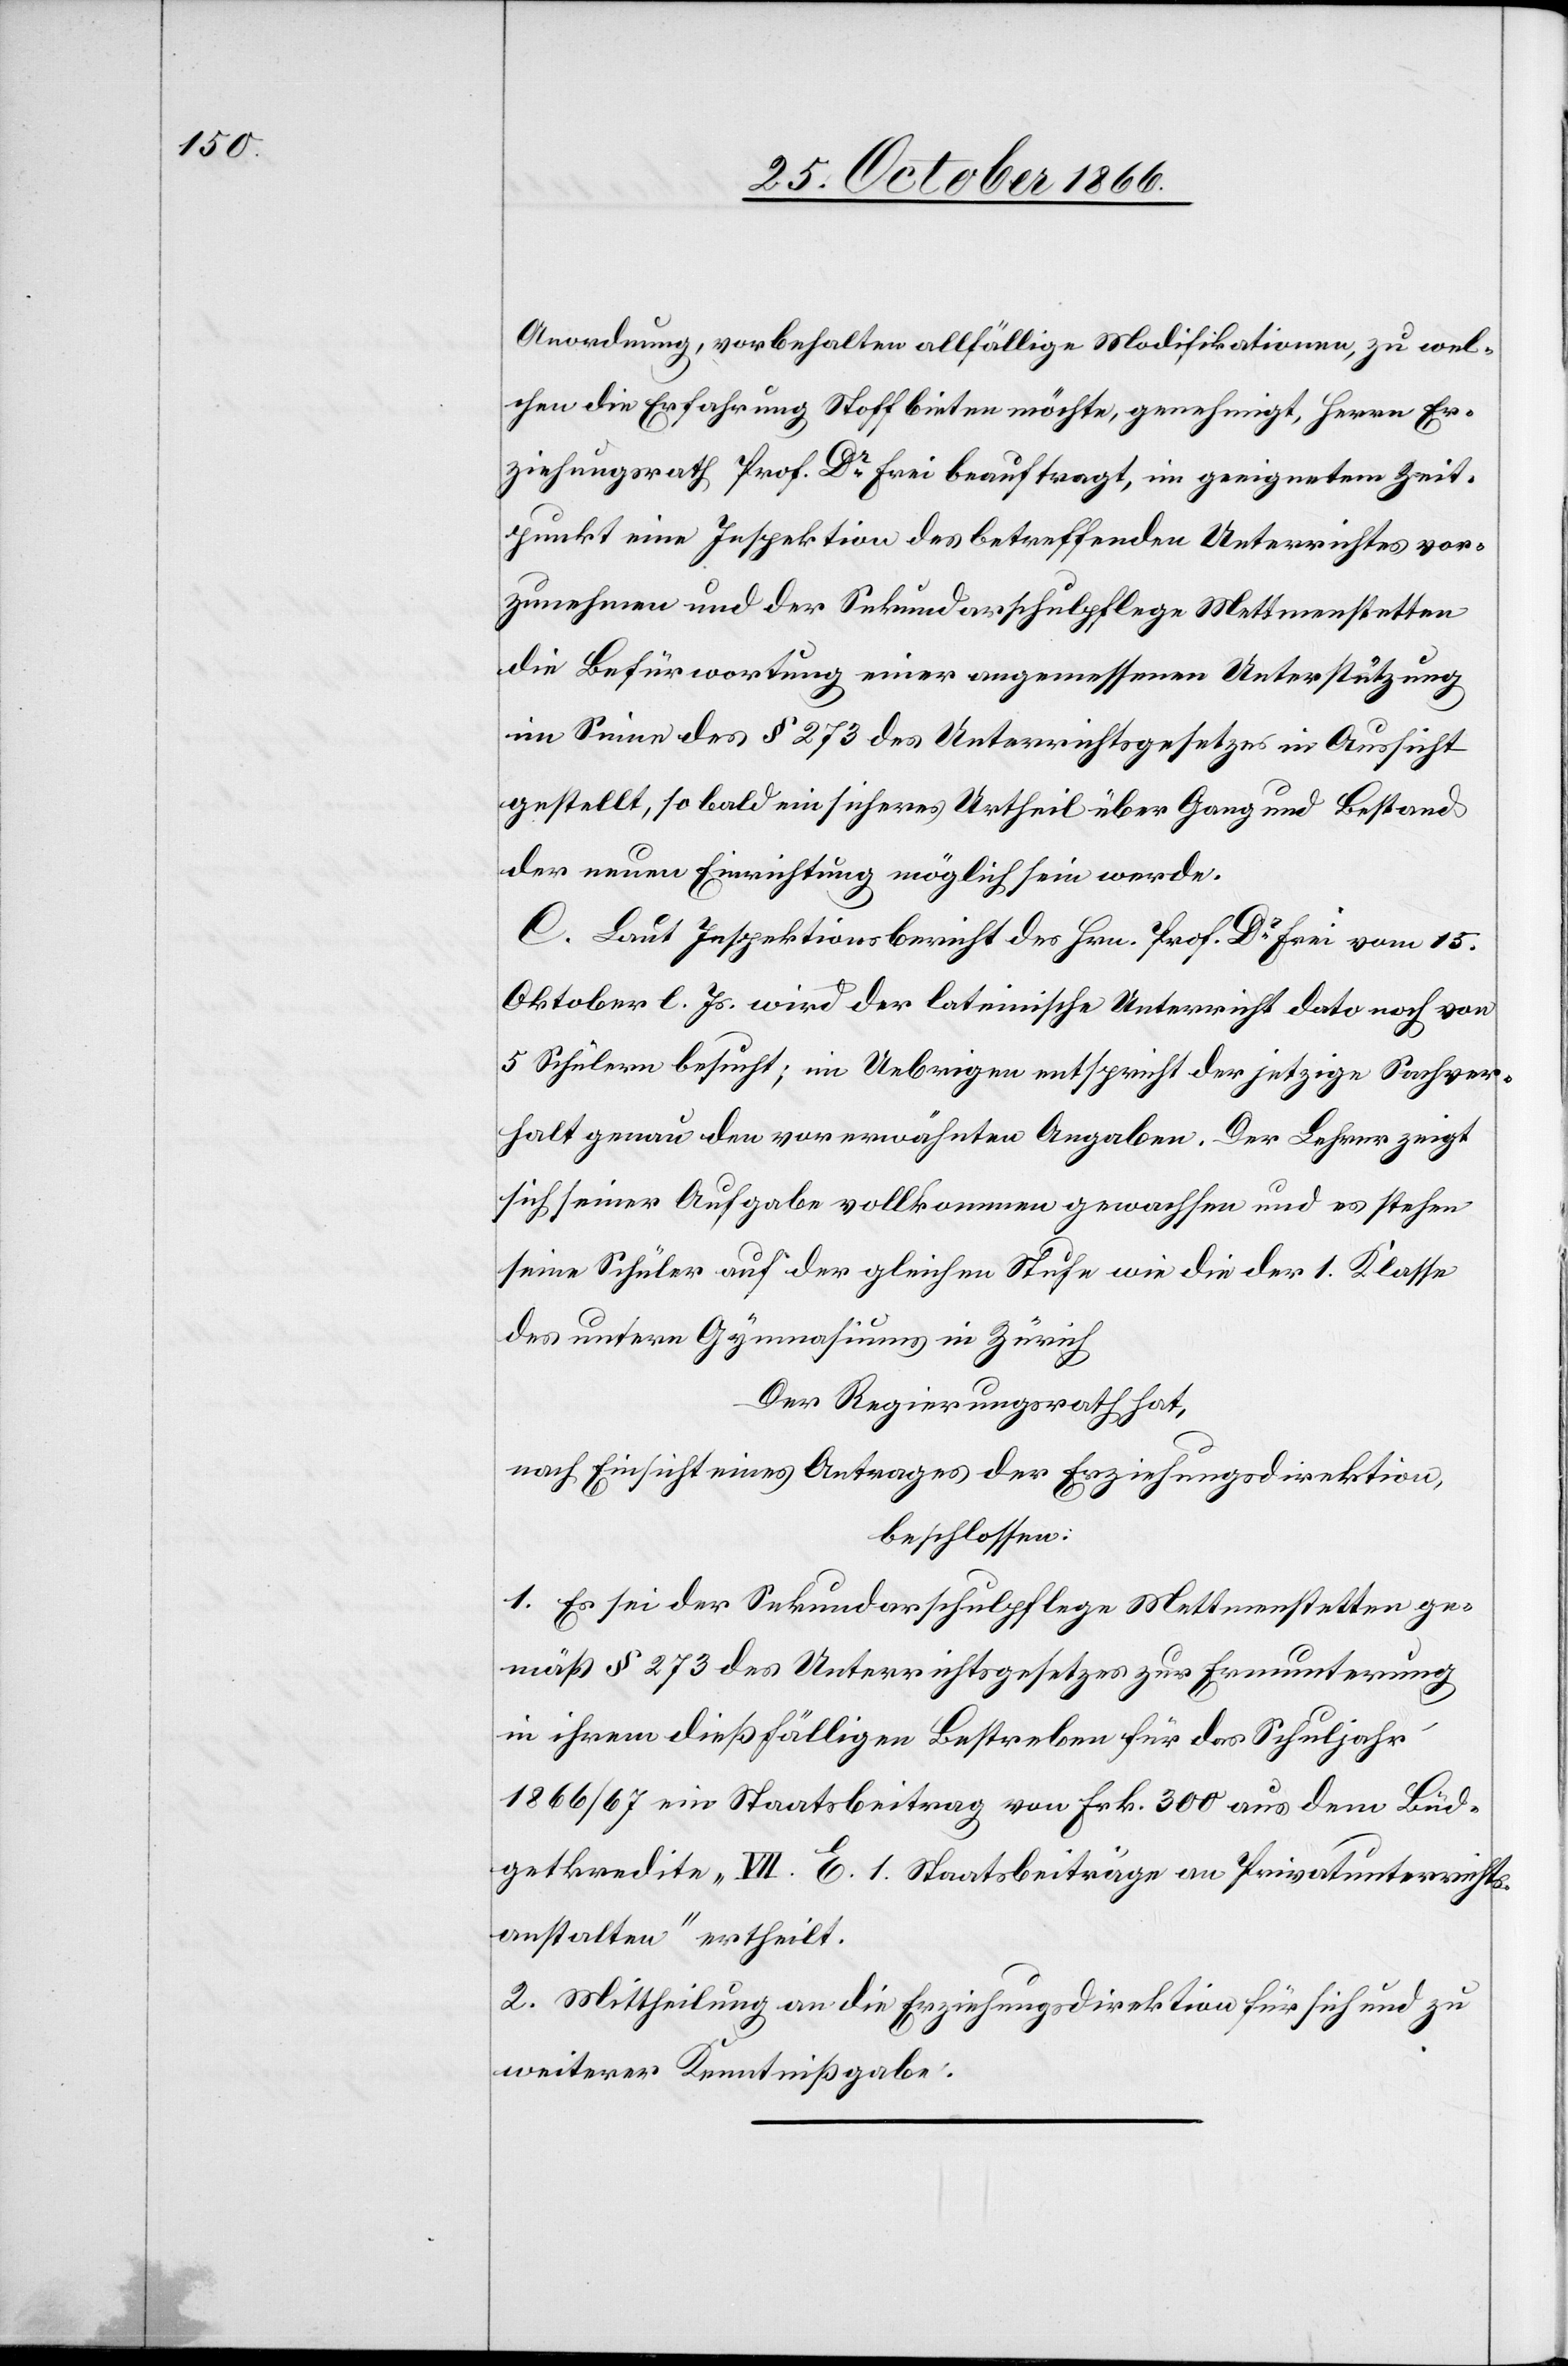
Anordnung, vorbehalten allfällige Modifikationen, zu wel¬
chen die Erfahrung Stoff bieten möchte, genehmigt, Herrn Er¬
ziehungsrath Prof. Dr. Frei beauftragt, im geeignetem Zeit¬
punkt eine Inspektion des betreffenden Unterrichtes vor¬
zunehmen und der Sekundarschulpflege Mettmenstetten
die Befürwortung einer angemessenen Unterstützung
im Sinne des § 273 des Unterrichtsgesetzes in Aussicht
gestellt, so bald ein sicheres Urtheil über Gang und Bestand
der neuen Einrichtung möglich sein werde.
C. Laut Inspektionsbericht des Hrn. Prof. Dr. Frei vom 15.
Oktober l. Js. wird der lateinische Unterricht dato noch von
5 Schülern besucht; im Uebrigen entspricht der jetzige Sachver¬
halt genau den vorerwähnten Angaben. Der Lehrer zeigt
sich seiner Aufgabe vollkommen gewachsen und es stehen
seine Schüler auf der gleichen Stufe wie die der 1. Klasse
des untern Gymnasiums in Zürich.
Der Regierungsrath hat,
nach Einsicht eines Antrages der Erziehungsdirektion,
beschlossen:
1. Es sei der Sekundarschulpflege Mettmenstetten ge¬
mäß § 273 des Unterrichtsgesetzes zur Ermunterung
in ihrem dießfälligen Bestreben für das Schuljahr
1866/67 ein Staatsbeitrag von Frk. 300 aus dem Büd¬
getkredite „VII. E. 1. Staatsbeiträge an Privatunterrichts¬
anstalten“ ertheilt.
2. Mittheilung an die Erziehungsdirektion für sich und zu
weiterer Kenntnißgabe.“